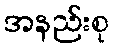
အနည်းစု